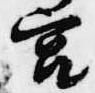
宮